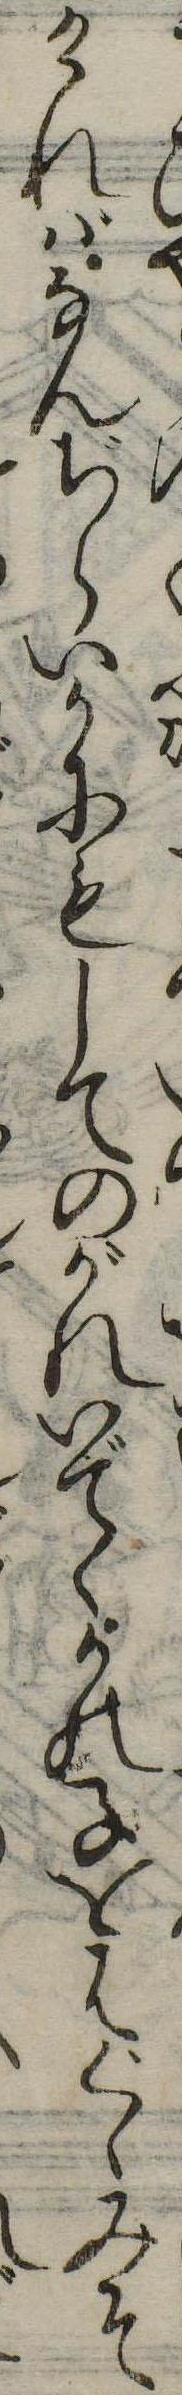
ければなんぢらいかにもしてのがれいでゝかの子をはぐゝみそ